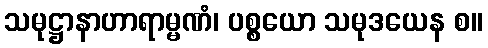
သမုဋ္ဌာနာဟာရာမ္မဏံ၊ ပစ္စယော သမုဒယေန စ။